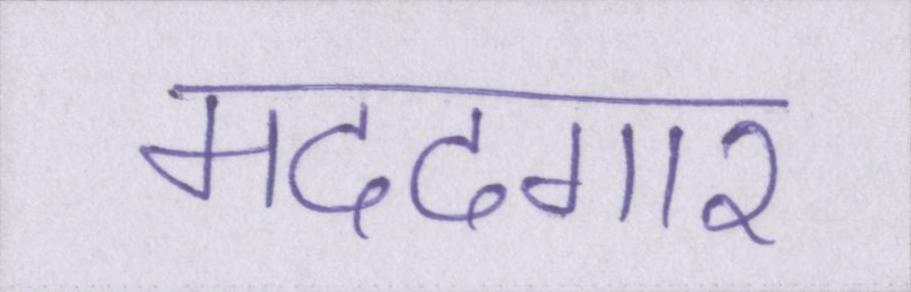
मददगार